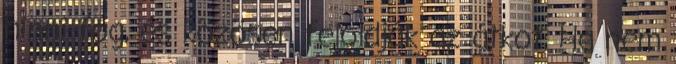
hinni fog, és közösen feloldják az átkot. Ha nem